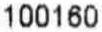
100160